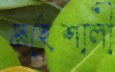
মহেশালী